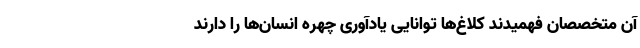
آن متخصصان فهمیدند کلاغ‌ها توانایی یادآوری چهره انسان‌ها را دارند